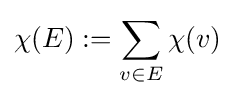
\chi (E):=\sum _{v\in E}\chi (v)